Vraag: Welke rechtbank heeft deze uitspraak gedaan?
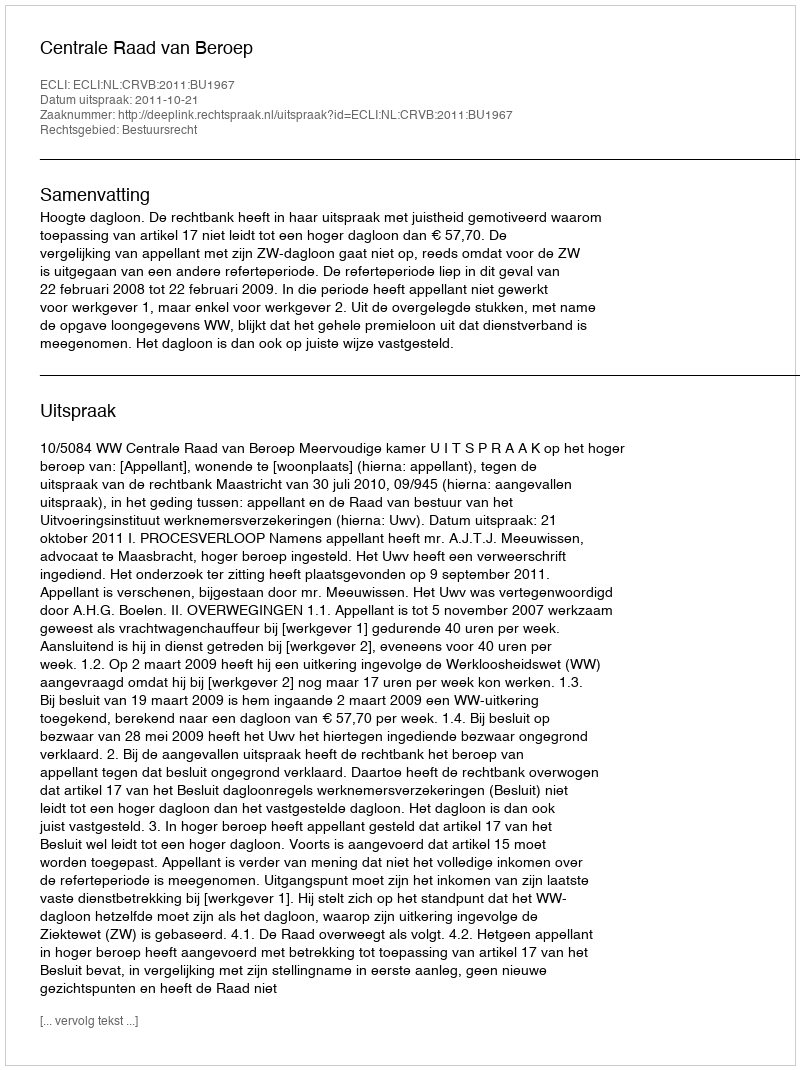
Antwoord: Centrale Raad van Beroep